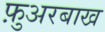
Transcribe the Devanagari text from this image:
फ़ुअरबाख